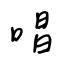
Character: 唱